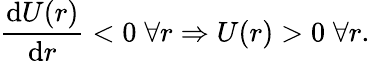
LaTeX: \frac{\mathrm{d}U(r)}{\mathrm{d}r}<0\; \forall r\Rightarrow U(r)>0\; \forall r.